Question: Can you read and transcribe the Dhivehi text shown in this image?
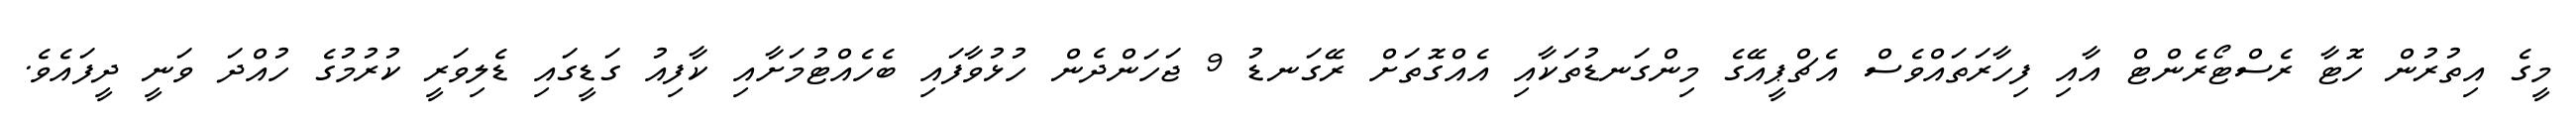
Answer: މީގެ އިތުރުން ހޮޓާ ރެސްޓޯރެންޓް އާއި ފިހާރަތައްވެސް އެޗްޕީއޭގެ މިންގަނޑުތަކާއި އެއްގޮތަށް ރޭގަނޑު 9 ޖަހަންދެން ހުޅުވާފައި ބެހެއްޓުމަށާއި ކާފިއު ގަޑީގައި ޑެލިވަރީ ކުރުމުގެ ހުއްދަ ވަނީ ދީފައެވެ.